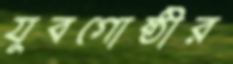
যুবগোষ্ঠীর